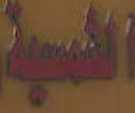
الشمسية